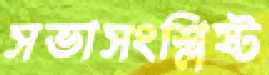
সভাসংশ্লিষ্ট